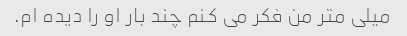
میلی متر من فکر می کنم چند بار او را دیده ام.